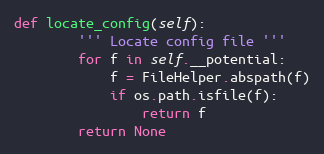
Language: Python
def locate_config(self):
        ''' Locate config file '''
        for f in self.__potential:
            f = FileHelper.abspath(f)
            if os.path.isfile(f):
                return f
        return None